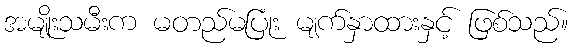
အမျိုးသမီးက မတည်မပြုံး မျက်နှာထားနှင့် ဖြစ်သည်။